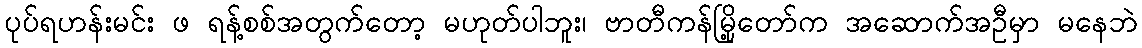
ပုပ်ရဟန်းမင်း ဖ ရန့်စစ်အတွက်တော့ မဟုတ်ပါဘူး၊ ဗာတီကန်မြို့တော်က အဆောက်အဦမှာ မနေဘဲ